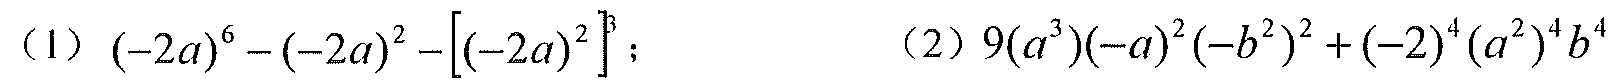
（1）\((-2a)^{6}-(-2a)^{2}-\left[(-2a)^{2}\right]^{3}\)； （2）\(9(a^{3})(-a)^{2}(-b^{2})^{2}+(-2)^{4}(a^{2})^{4}b^{4}\)